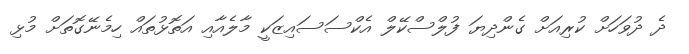
ދެ ދުވަހަށް ކުރިއަށް ގެންދިޔަ ފުލްސްކޭލް އެކްސަސައިޒަކީ މާލެއާއި އަތޮޅުތައް ހިމެނޭގޮތަށް މުޅި